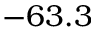
- 6 3 . 3